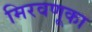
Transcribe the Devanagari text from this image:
मिरवणूका